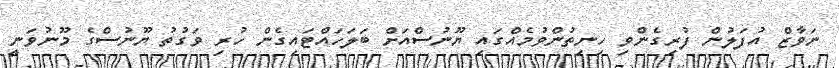
ނަވާޒް އުފަލުން ފުރިގެންވި ހިނިތުންވުމެއްގައި ޔޫނުސްއަށް ބަލަހައްޓައިގެން ހުރި ވަގުތު ޔޫނުސްގެ މޫނުވަނީ